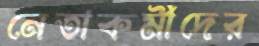
নেতাকর্মীদের